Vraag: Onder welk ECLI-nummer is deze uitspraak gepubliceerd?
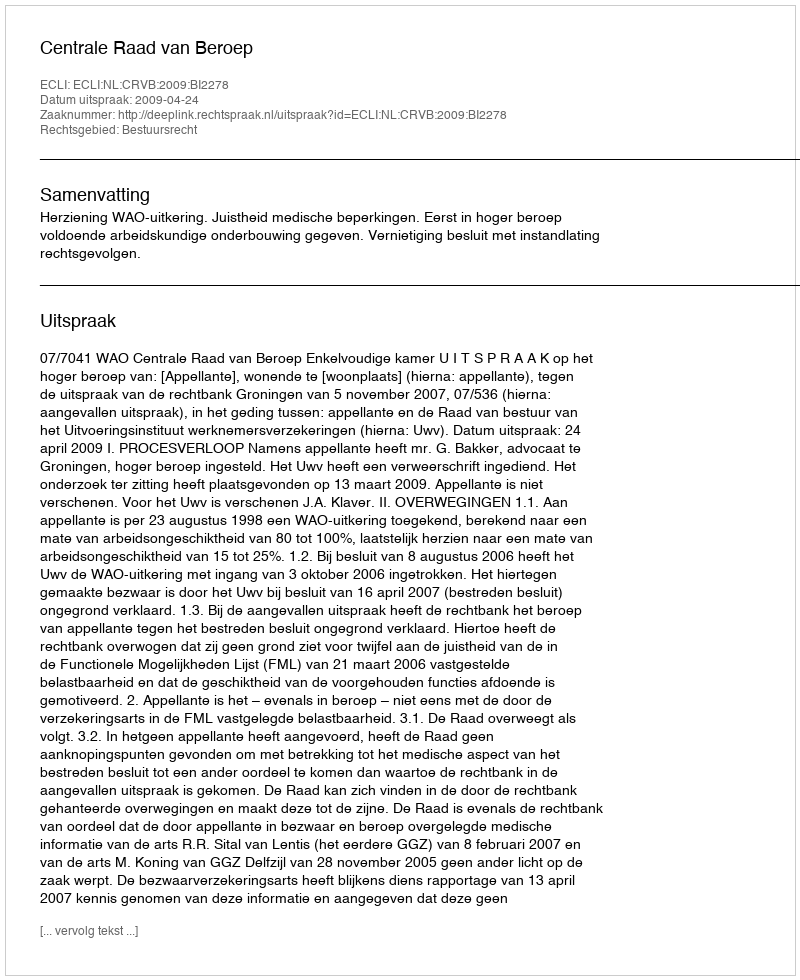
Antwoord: ECLI:NL:CRVB:2009:BI2278